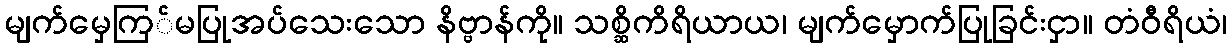
မျက်မှေကြ်မပြုအပ်သေးသော နိဗ္ဗာန်ကို။ သစ္ဆိကိရိယာယ၊ မျက်မှောက်ပြုခြင်းငှာ။ တံဝီရိယံ၊